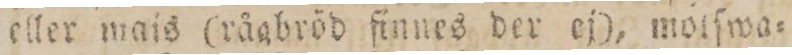
eller wais (rågbröd finnes der ej), motſwa=